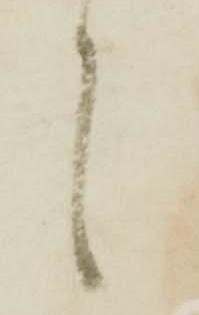
言